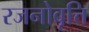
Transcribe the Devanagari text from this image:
रजनोवृत्ति